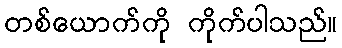
တစ်ယောက်ကို ကိုက်ပါသည်။